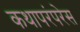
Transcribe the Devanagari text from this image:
कथापरंपरेस